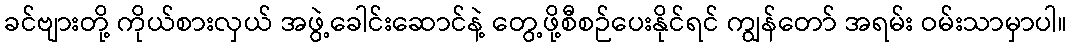
ခင်ဗျားတို့ ကိုယ်စားလှယ် အဖွဲ့ခေါင်းဆောင်နဲ့ တွေ့ဖို့စီစဉ်ပေးနိုင်ရင် ကျွန်တော် အရမ်း ဝမ်းသာမှာပါ။